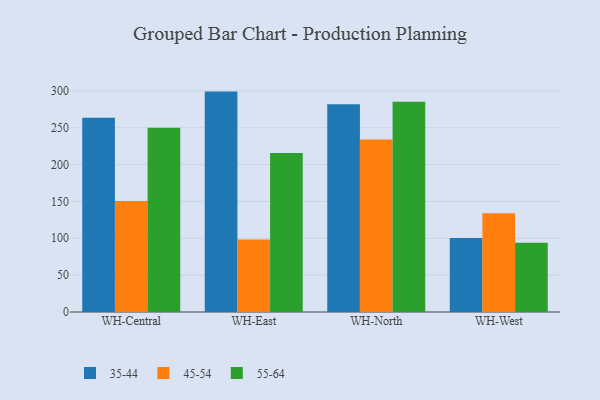
{"axis": {"x": "Warehouse", "y": "Inventory Turnover"}, "legend": ["35-44", "45-54", "55-64"], "data": [{"x": "WH-Central", "y": 263.6, "type": "35-44"}, {"x": "WH-Central", "y": 150.5, "type": "45-54"}, {"x": "WH-Central", "y": 250.0, "type": "55-64"}, {"x": "WH-East", "y": 299.0, "type": "35-44"}, {"x": "WH-East", "y": 98.5, "type": "45-54"}, {"x": "WH-East", "y": 215.6, "type": "55-64"}, {"x": "WH-North", "y": 281.7, "type": "35-44"}, {"x": "WH-North", "y": 234.0, "type": "45-54"}, {"x": "WH-North", "y": 285.2, "type": "55-64"}, {"x": "WH-West", "y": 100.3, "type": "35-44"}, {"x": "WH-West", "y": 133.9, "type": "45-54"}, {"x": "WH-West", "y": 93.9, "type": "55-64"}]}